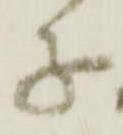
子